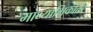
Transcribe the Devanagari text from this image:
माध्यामिकोत्तर